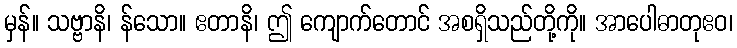
မှန်။ သဗ္ဗာနိ၊ န်သော။ ဧတာနိ၊ ဤ ကျောက်တောင် အစရှိသည်တို့ကို။ အာပေါဓာတုဧဝ၊